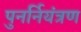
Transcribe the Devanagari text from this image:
पुनर्नियंत्रण